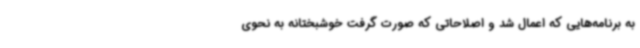
به برنامه‌هایی که اعمال شد و اصلاحاتی که صورت گرفت خوشبختانه به نحوی